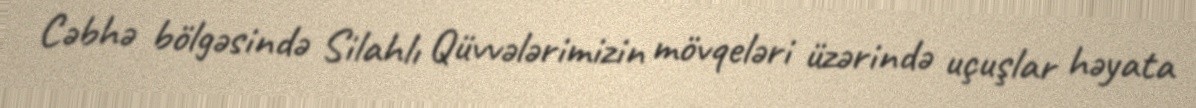
Cəbhə bölgəsində Silahlı Qüvvələrimizin mövqeləri üzərində uçuşlar həyata